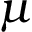
\mu